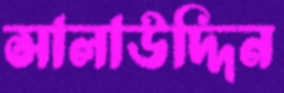
সালাউদ্দিন